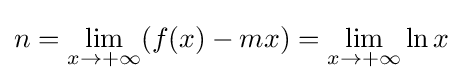
n=\lim _{x\rightarrow +\infty }(f(x)-mx)=\lim _{x\rightarrow +\infty }\ln x